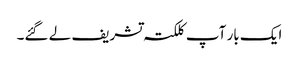
ایک بار آپ کلکتہ تشریف لے گئے۔